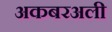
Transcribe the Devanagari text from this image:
अकबरअली